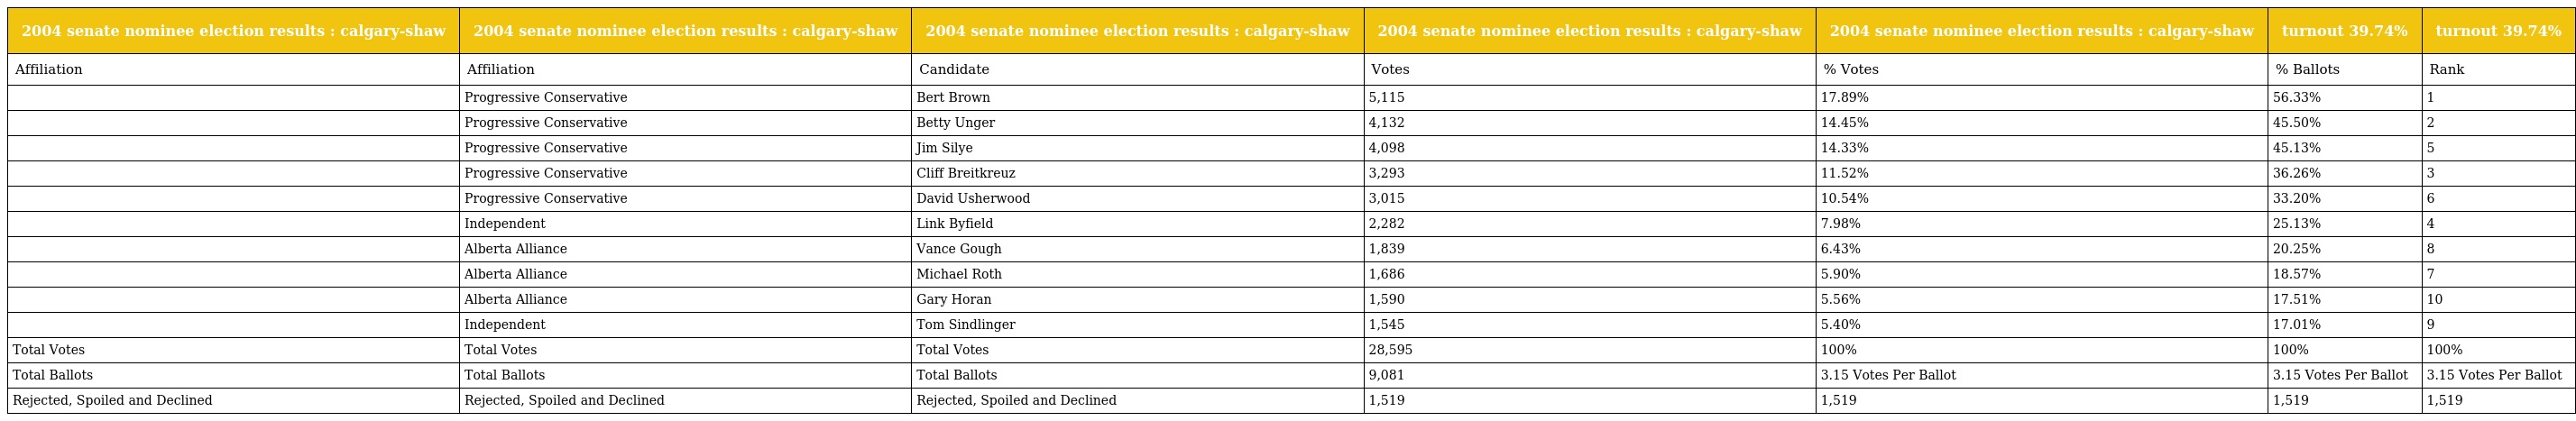
| 2004 senate nominee election results : calgary-shaw | 2004 senate nominee election results : calgary-shaw | 2004 senate nominee election results : calgary-shaw | 2004 senate nominee election results : calgary-shaw | 2004 senate nominee election results : calgary-shaw | turnout 39.74% | turnout 39.74% |
 | --- | --- | --- | --- | --- | --- | --- |
 | Affiliation | Affiliation | Candidate | Votes | % Votes | % Ballots | Rank |
 |  | Progressive Conservative | Bert Brown | 5,115 | 17.89% | 56.33% | 1 |
 |  | Progressive Conservative | Betty Unger | 4,132 | 14.45% | 45.50% | 2 |
 |  | Progressive Conservative | Jim Silye | 4,098 | 14.33% | 45.13% | 5 |
 |  | Progressive Conservative | Cliff Breitkreuz | 3,293 | 11.52% | 36.26% | 3 |
 |  | Progressive Conservative | David Usherwood | 3,015 | 10.54% | 33.20% | 6 |
 |  | Independent | Link Byfield | 2,282 | 7.98% | 25.13% | 4 |
 |  | Alberta Alliance | Vance Gough | 1,839 | 6.43% | 20.25% | 8 |
 |  | Alberta Alliance | Michael Roth | 1,686 | 5.90% | 18.57% | 7 |
 |  | Alberta Alliance | Gary Horan | 1,590 | 5.56% | 17.51% | 10 |
 |  | Independent | Tom Sindlinger | 1,545 | 5.40% | 17.01% | 9 |
 | Total Votes | Total Votes | Total Votes | 28,595 | 100% | 100% | 100% |
 | Total Ballots | Total Ballots | Total Ballots | 9,081 | 3.15 Votes Per Ballot | 3.15 Votes Per Ballot | 3.15 Votes Per Ballot |
 | Rejected, Spoiled and Declined | Rejected, Spoiled and Declined | Rejected, Spoiled and Declined | 1,519 | 1,519 | 1,519 | 1,519 |